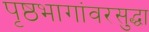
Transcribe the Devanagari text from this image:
पृष्ठभागांवरसुद्धा